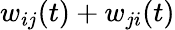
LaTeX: w_{ij}(t)+w_{ji}(t)